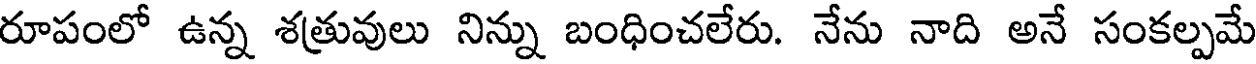
రూపంలో ఉన్న శత్రువులు నిన్ను బంధించలేరు. నేను నాది అనే సంకల్పమే